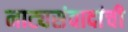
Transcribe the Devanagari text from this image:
नाट्यसंवादांची